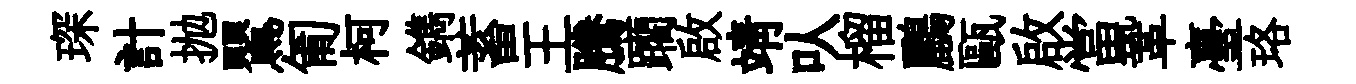
琛計抛鸎匍柯鐫蓄王騰躪啟靖㕥榴鸝甌啟當鞏臺珞